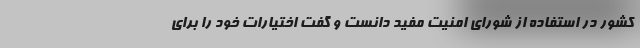
کشور در استفاده از شورای امنیت مفید دانست و گفت اختیارات خود را برای